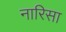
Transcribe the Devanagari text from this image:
नारिसा